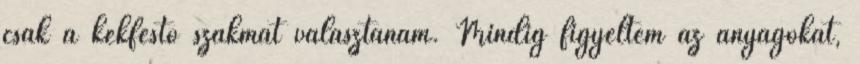
csak a kékfestô szakmát választanám. Mindig figyeltem az anyagokat,